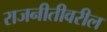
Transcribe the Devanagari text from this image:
राजनीतीवरील